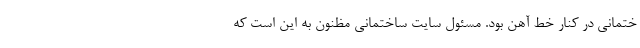
ختمانی در کنار خط آهن بود. مسئول سایت ساختمانی مظنون به این است که